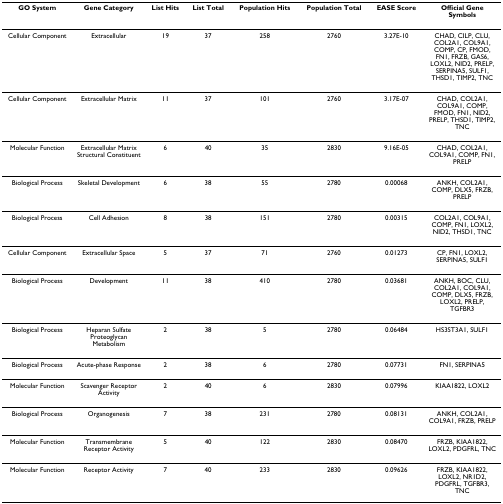
<table><thead><tr><td><b>GO System</b></td><td><b>Gene Category</b></td><td><b>List Hits</b></td><td><b>List Total</b></td><td><b>Population Hits</b></td><td><b>Population Total</b></td><td><b>EASE Score</b></td><td><b>Official Gene Symbols</b></td></tr></thead><tbody><tr><td>Cellular Component</td><td>Extracellular</td><td>19</td><td>37</td><td>258</td><td>2760</td><td>3.27E-10</td><td>CHAD, CILP, CLU, COL2A1, COL9A1, COMP, CP, FMOD, FN1, FRZB, GAS6, LOXL2, NID2, PRELP, SERPINA5, SULF1, THSD1, TIMP2, TNC</td></tr><tr><td>Cellular Component</td><td>Extracellular Matrix</td><td>11</td><td>37</td><td>101</td><td>2760</td><td>3.17E-07</td><td>CHAD, COL2A1, COL9A1, COMP, FMOD, FN1, NID2, PRELP, THSD1, TIMP2, TNC</td></tr><tr><td>Molecular Function</td><td>Extracellular Matrix Structural Constituent</td><td>6</td><td>40</td><td>35</td><td>2830</td><td>9.16E-05</td><td>CHAD, COL2A1, COL9A1, COMP, FN1, PRELP</td></tr><tr><td>Biological Process</td><td>Skeletal Development</td><td>6</td><td>38</td><td>55</td><td>2780</td><td>0.00068</td><td>ANKH, COL2A1, COMP, DLX5, FRZB, PRELP</td></tr><tr><td>Biological Process</td><td>Cell Adhesion</td><td>8</td><td>38</td><td>151</td><td>2780</td><td>0.00315</td><td>COL2A1, COL9A1, COMP, FN1, LOXL2, NID2, THSD1, TNC</td></tr><tr><td>Cellular Component</td><td>Extracellular Space</td><td>5</td><td>37</td><td>71</td><td>2760</td><td>0.01273</td><td>CP, FN1, LOXL2, SERPINA5, SULF1</td></tr><tr><td>Biological Process</td><td>Development</td><td>11</td><td>38</td><td>410</td><td>2780</td><td>0.03681</td><td>ANKH, BOC, CLU, COL2A1, COL9A1, COMP, DLX5, FRZB, LOXL2, PRELP, TGFBR3</td></tr><tr><td>Biological Process</td><td>Heparan Sulfate Proteoglycan Metabolism</td><td>2</td><td>38</td><td>5</td><td>2780</td><td>0.06484</td><td>HS3ST3A1, SULF1</td></tr><tr><td>Biological Process</td><td>Acute-phase Response</td><td>2</td><td>38</td><td>6</td><td>2780</td><td>0.07731</td><td>FN1, SERPINA5</td></tr><tr><td>Molecular Function</td><td>Scavenger Receptor Activity</td><td>2</td><td>40</td><td>6</td><td>2830</td><td>0.07996</td><td>KIAA1822, LOXL2</td></tr><tr><td>Biological Process</td><td>Organogenesis</td><td>7</td><td>38</td><td>231</td><td>2780</td><td>0.08131</td><td>ANKH, COL2A1, COL9A1, FRZB, PRELP</td></tr><tr><td>Molecular Function</td><td>Transmembrane Receptor Activity</td><td>5</td><td>40</td><td>122</td><td>2830</td><td>0.08470</td><td>FRZB, KIAA1822, LOXL2, PDGFRL, TNC</td></tr><tr><td>Molecular Function</td><td>Receptor Activity</td><td>7</td><td>40</td><td>233</td><td>2830</td><td>0.09626</td><td>FRZB, KIAA1822, LOXL2, NR1D2, PDGFRL, TGFBR3, TNC</td></tr></tbody></table>